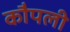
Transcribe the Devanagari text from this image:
कौपली